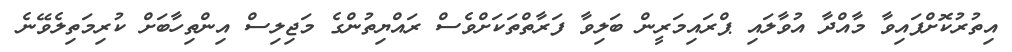
އިތުރުކޮށްފައިވާ މާއްދާ އުވާލައި ޕްރައިމަރީން ބަލިވާ ފަރާތްތަކަށްވެސް ރައްޔިތުންގެ މަޖިލިސް އިންތިހާބަށް ކުރިމަތިލެވޭނެ